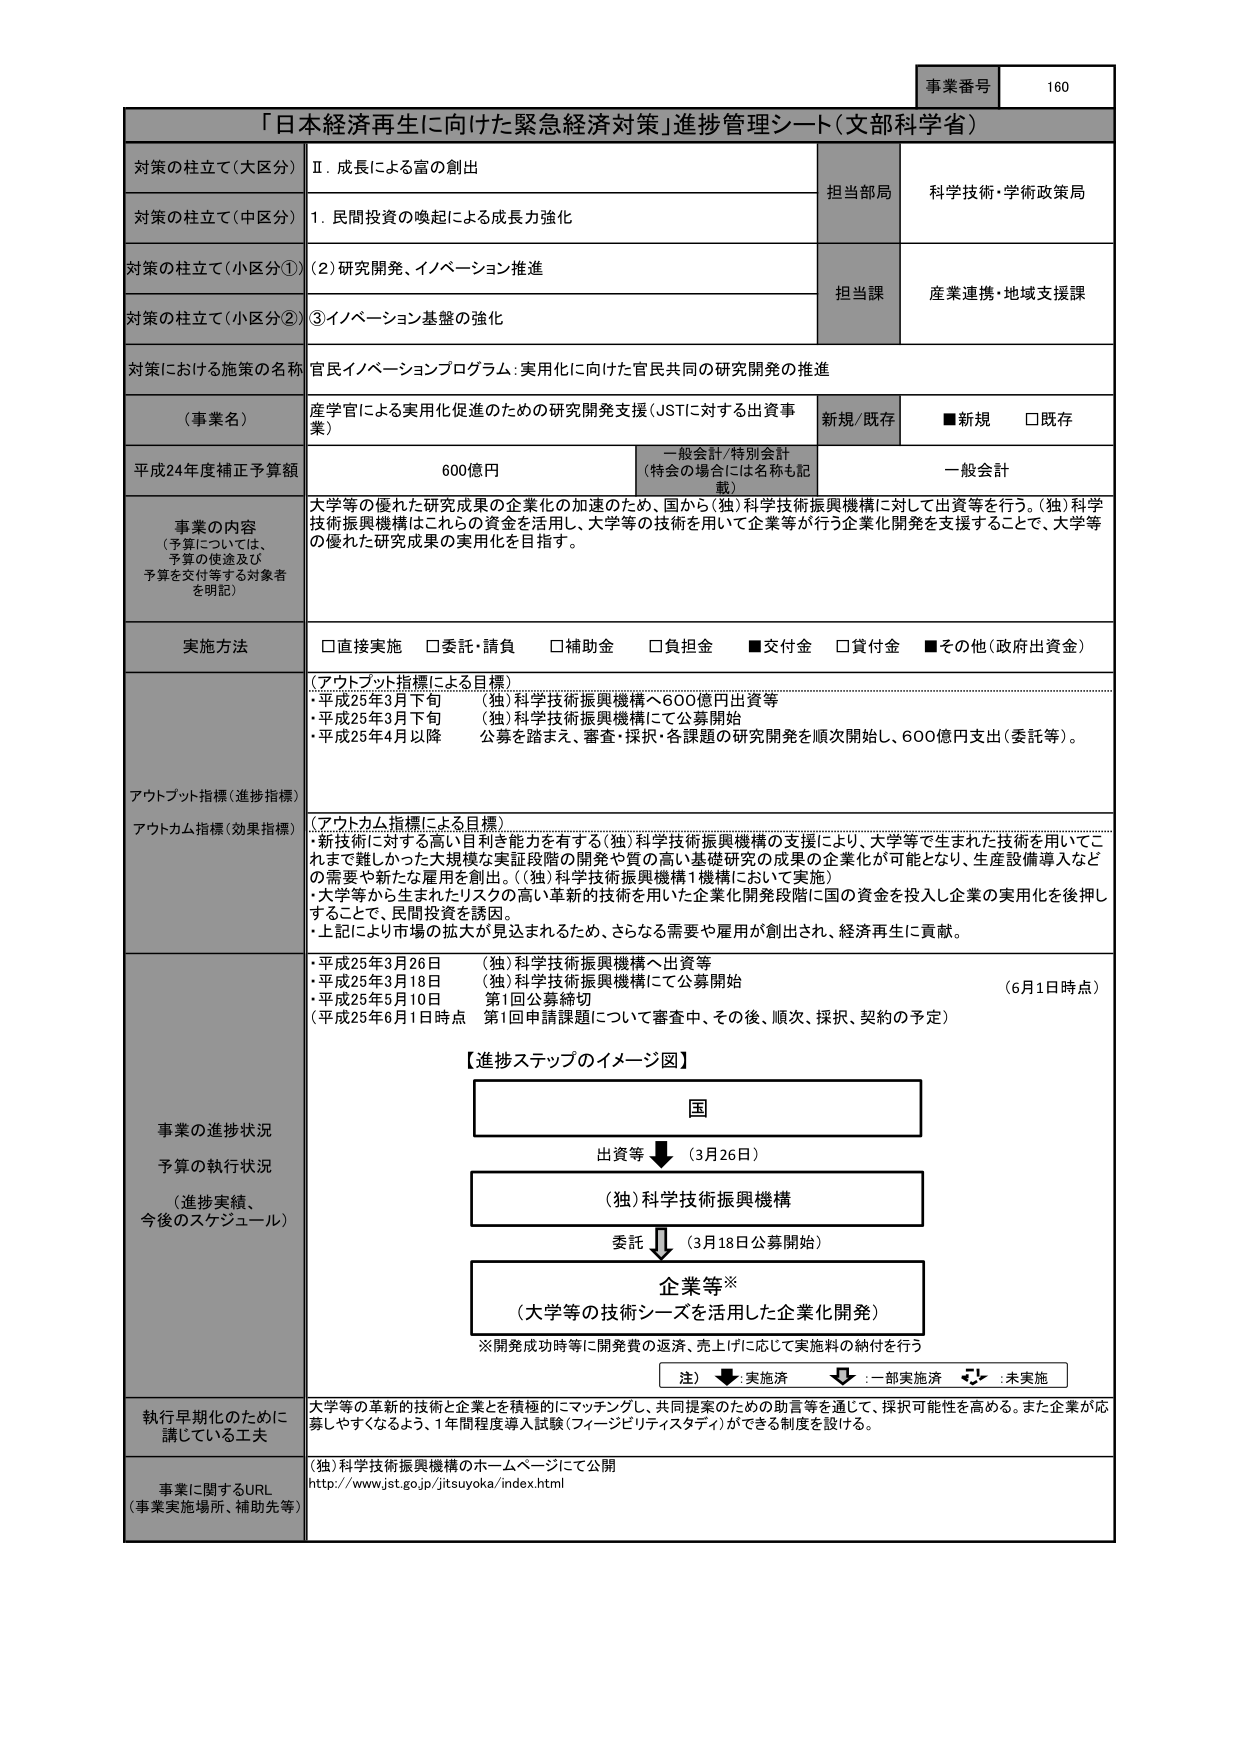
事業番号 160
「日本経済再生に向けた緊急経済対策」進捗管理シート（文部科学省）
対策の柱立て（大区分） Ⅱ．成長による富の創出
担当部局 科学技術・学術政策局
対策の柱立て（中区分） 1．民間投資の喚起による成長力強化
対策の柱立て（小区分①） (2)研究開発、イノベーション推進
担当課 産業連携・地域支援課
対策の柱立て（小区分②） ③イノベーション基盤の強化
対策における施策の名称 官民イノベーションプログラム：実用化に向けた官民共同の研究開発の推進
（事業名） 産学官による実用化促進のための研究開発支援（JSTに対する出資事業） 新規/既存 ■新規 □既存
平成24年度補正予算額 600億円 一般会計/特別会計 （特会の場合には名称も記載） 一般会計
事業の内容 （予算については、 予算の使途及び 予算を交付等する対象者 を明記） 大学等の優れた研究成果の企業化の加速のため、国から（独）科学技術振興機構に対して出資等を行う。（独）科学技術振興機構はこれらの資金を活用し、大学等の技術を用いて企業等が行う企業化開発を支援することで、大学等の優れた研究成果の実用化を目指す。
実施方法 □直接実施 □委託・請負 □補助金 □負担金 ■交付金 □貸付金 ■その他（政府出資金）
アウトプット指標（進捗指標） （アウトプット指標による目標） ・平成25年3月下旬 （独）科学技術振興機構へ600億円出資等 ・平成25年3月下旬 （独）科学技術振興機構にて公募開始 ・平成25年4月以降 公募を踏まえ、審査・採択・各課題の研究開発を順次開始し、600億円支出（委託等）。
アウトカム指標（効果指標） （アウトカム指標による目標） ・新技術に対する高い目利き能力を有する（独）科学技術振興機構の支援により、大学等で生まれた技術を用いてこれまで難しかった大規模な実証段階の開発や質の高い基礎研究の成果の企業化が可能となり、生産設備導入などの需要や新たな雇用を創出。（（独）科学技術振興機構1機構において実施） ・大学等から生まれたリスクの高い革新的技術を用いた企業化開発段階に国の資金を投入し企業の実用化を後押しすることで、民間投資を誘因。 ・上記により市場の拡大が見込まれるため、さらなる需要や雇用が創出され、経済再生に貢献。
事業の進捗状況 予算の執行状況 （進捗実績、 今後のスケジュール） ・平成25年3月26日 （独）科学技術振興機構へ出資等 ・平成25年3月18日 （独）科学技術振興機構にて公募開始 （6月1日時点） ・平成25年5月10日 第1回公募締切 （平成25年6月1日時点 第1回申請課題について審査中、その後、順次、採択、契約の予定）
【進捗ステップのイメージ図】
国
出資等 ↓ （3月26日）
（独）科学技術振興機構
委託 ↓ （3月18日公募開始）
企業等※
（大学等の技術シーズを活用した企業化開発）
※開発成功時等に開発費の返済、売上げに応じて実施料の納付を行う
注） ↓：実施済 ↓：一部実施済 ↓：未実施
執行早期化のために 講じている工夫 大学等の革新的技術と企業とを積極的にマッチングし、共同提案のための助言等を通じて、採択可能性を高める。また企業が応募しやすくなるよう、1年間程度導入試験（フィージビリティスタディ）ができる制度を設ける。
事業に関するURL （事業実施場所、補助先等） （独）科学技術振興機構のホームページにて公開 http://www.jst.go.jp/jitsuyoka/index.html